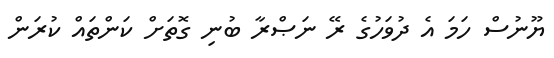
ޔޫނުސް ހަމަ އެ ދުވަހުގެ ރޭ ނަޞްރާ ބުނި ގޮތަށް ކަންތައް ކުރަން